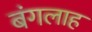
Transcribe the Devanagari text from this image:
बंगलाह